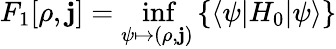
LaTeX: F_{1}[\rho,\mathbf{j}]=\operatorname*{inf}_{\psi\mapsto(\rho,\mathbf{j})}\left\{ \langle\psi|H_{0}|\psi\rangle\right\}